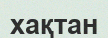
хақтан